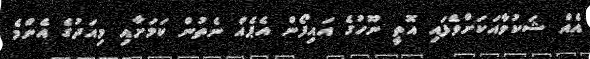
އެއް ޝަކުވާއަކަށްވެފައި އޮތީ ނޫހުގެ އައިފޯން އެޕެއް ނެތުން ކަމަށާއި މިއަދުގެ އެންމެ